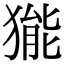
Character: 𤠗